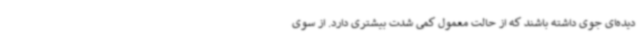
دیده‌ای جوی داشته باشند که از حالت معمول کمی شدت بیشتری دارد. از سوی